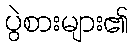
ပွဲစားများ၏